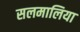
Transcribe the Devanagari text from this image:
सलमालिया